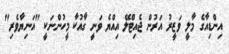
އިންޑިއާގެ މާލީ ވަޒީރު އަރުން ޖެއިޓްލޭ އިއްޔެ ވަނީ ގާއުކާ މީހުންނަކީ "އަނިޔާވެރި"